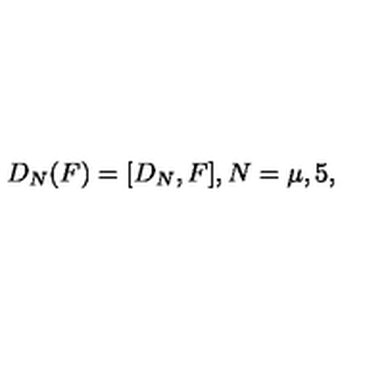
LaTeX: D _ { N } ( F ) = [ D _ { N } , F ] , N = \mu , 5 ,